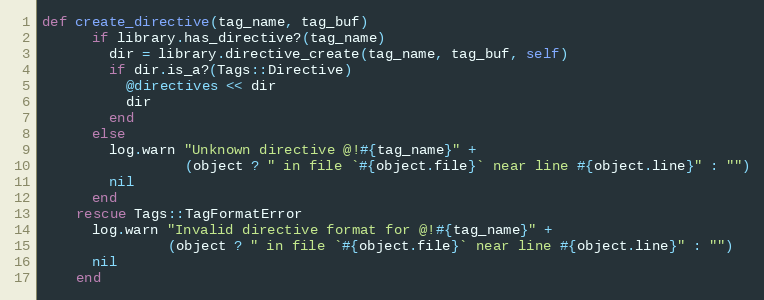
Language: Ruby
def create_directive(tag_name, tag_buf)
      if library.has_directive?(tag_name)
        dir = library.directive_create(tag_name, tag_buf, self)
        if dir.is_a?(Tags::Directive)
          @directives << dir
          dir
        end
      else
        log.warn "Unknown directive @!#{tag_name}" +
                 (object ? " in file `#{object.file}` near line #{object.line}" : "")
        nil
      end
    rescue Tags::TagFormatError
      log.warn "Invalid directive format for @!#{tag_name}" +
               (object ? " in file `#{object.file}` near line #{object.line}" : "")
      nil
    end